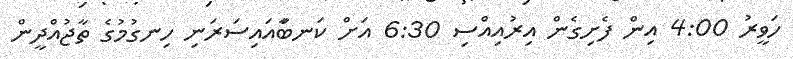
ހަވީރު 4:00 އިން ފެށިގެން އިރުއިއްސި 6:30 އަށް ކަނބަާއައިސަރަނި ހިނގުމުގެ ތާޖުއްދީން